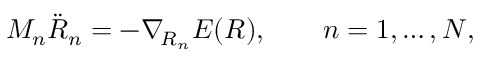
M _ { n } \ddot { R } _ { n } = - \nabla _ { \! R _ { n } } E ( R ) , \qquad n = 1 , \dots , N ,